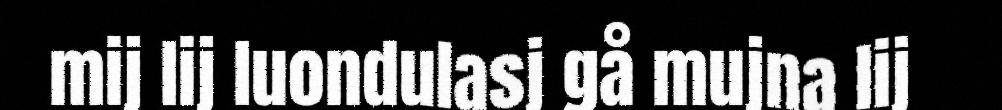
mij lij luondulasj gå mujna lij